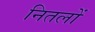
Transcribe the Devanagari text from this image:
नितलों